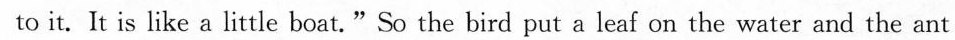
to it. It is like a little boat."So the bird put a leaf on the water and the ant